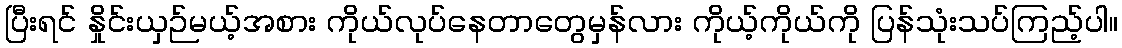
ပြီးရင် နှိုင်းယှဉ်မယ့်အစား ကိုယ်လုပ်နေတာတွေမှန်လား ကိုယ့်ကိုယ်ကို ပြန်သုံးသပ်ကြည့်ပါ။